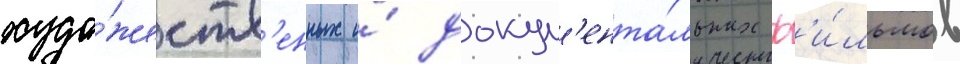
худо́жеств'енных и́ докум'ента́льных ф'и́льмов